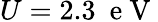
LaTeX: U=2.3\ \mathrm{~e~V~}